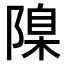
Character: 𨻄